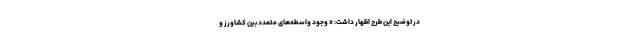
در توضیح این طرح اظهار داشت: « وجود واسطه‌های متعدد بین کشاورز و